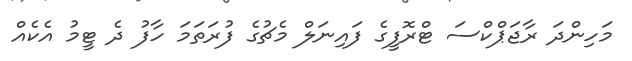
މަހިންދަ ރާޖަޕްކްސަ ޓްރޮފީގެ ފައިނަލް މެޗުގެ ފުރަތަމަ ހާފު ދެ ޓީމު އެކެއް